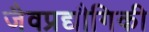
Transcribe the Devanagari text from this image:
जैवप्रद्यौगिकी